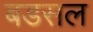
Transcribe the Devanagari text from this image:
बडसल